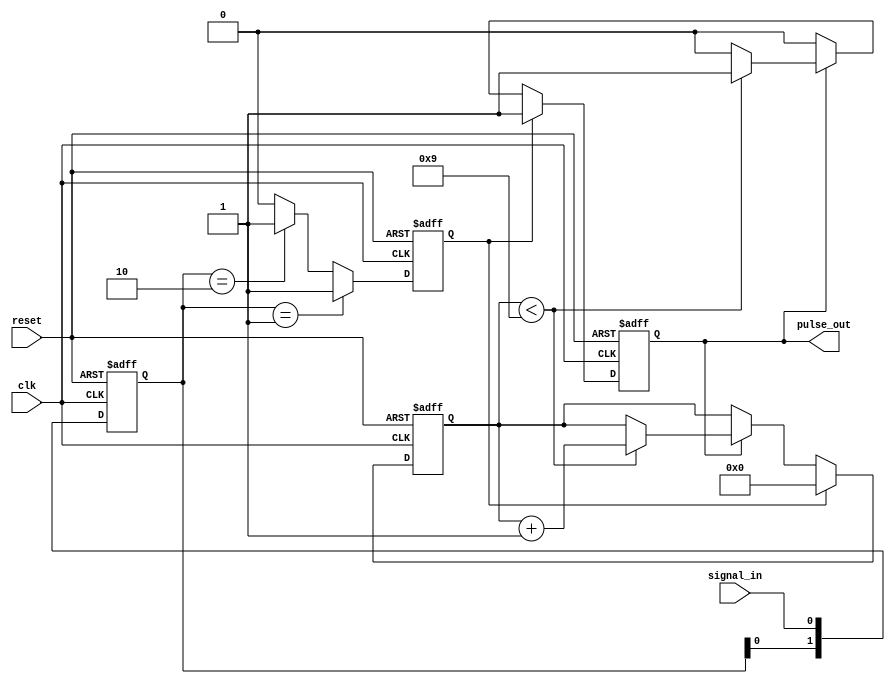
module MonostableEdgeDetector #(
    parameter pulse_width = 10 // Pulse width in clock cycles
)(
    input wire clk,              // Clock signal
    input wire reset,            // Asynchronous reset
    input wire signal_in,        // Input signal
    output reg pulse_out         // Output pulse
);

    reg [1:0] state;             // State to hold previous signal state
    reg [3:0] counter;           // Counter for pulse duration
    reg edge_detected;           // Edge detection flag

    // State encoding
    localparam IDLE = 2'b00,
               RISING_EDGE = 2'b01,
               FALLING_EDGE = 2'b10;

    // Edge detection logic
    always @(posedge clk or posedge reset) begin
        if (reset) begin
            state <= IDLE;
            pulse_out <= 0;
            counter <= 0;
            edge_detected <= 0;
        end else begin
            // Store the previous state
            state <= {state[0], signal_in};

            // Detect edges
            if (state == 2'b01) begin // Rising edge detected
                edge_detected <= 1;
            end else if (state == 2'b10) begin // Falling edge detected
                edge_detected <= 1;
            end else begin
                edge_detected <= 0;
            end

            // Pulse generation logic
            if (edge_detected) begin
                pulse_out <= 1; // Start pulse
                counter <= 0;   // Reset counter
            end else if (pulse_out) begin
                if (counter < pulse_width - 1) begin
                    counter <= counter + 1; // Increment counter
                end else begin
                    pulse_out <= 0; // End pulse
                end
            end
        end
    end

endmodule